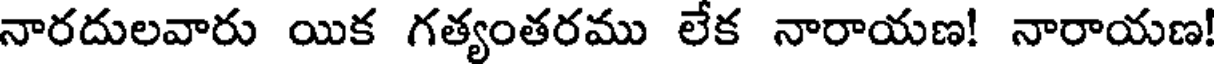
నారదులవారు యిక గత్యంతరము లేక నారాయణ! నారాయణ!